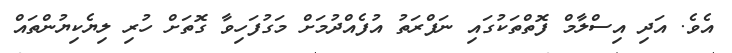
އެވެ. އަދި އިސްލާމް ފޮތްތަކުގައި ނަފްރަތު އުފެއްދުމަށް މަގުފަހިވާ ގޮތަށް ހުރި ލިޔެކިޔުންތައް